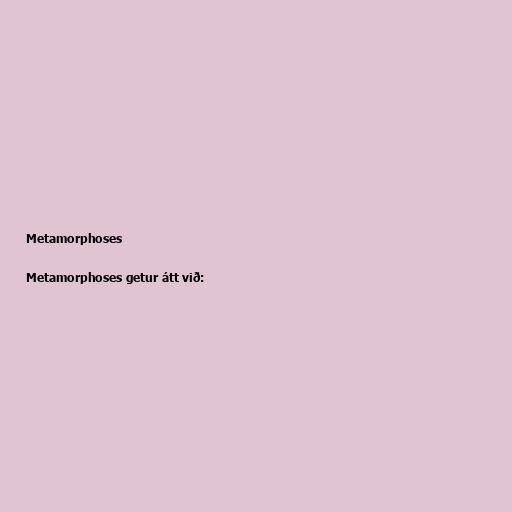
Metamorphoses

Metamorphoses getur átt við: